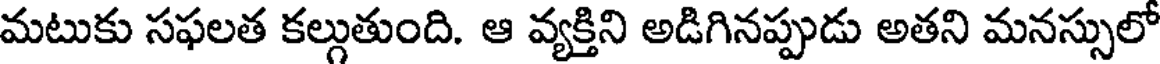
మటుకు సఫలత కల్గుతుంది. ఆ వ్యక్తిని అడిగినప్పుడు అతని మనస్సులో